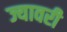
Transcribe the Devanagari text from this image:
ज्यावरी